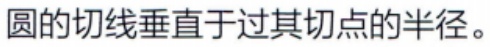
圆的切线垂直于过其切点的半径。